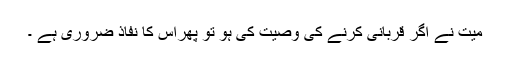
میت نے اگر قربانی کرنے کی وصیت کی ہو تو پھراس کا نفاذ ضروری ہے ۔